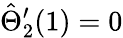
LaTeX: \hat{\Theta}_{2}^{\prime}(1)=0